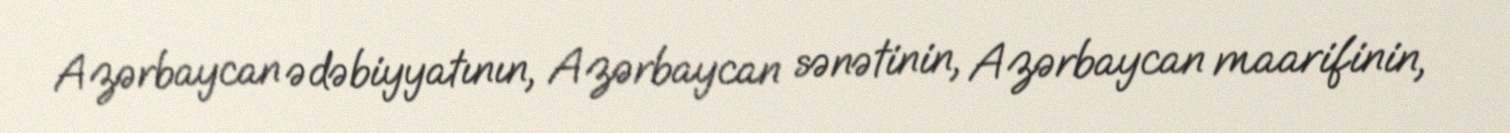
Azərbaycan ədəbiyyatının, Azərbaycan sənətinin, Azərbaycan maarifinin,